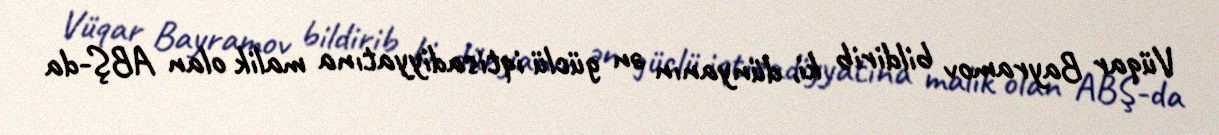
Vüqar Bayramov bildirib ki, dünyanın ən güclü iqtisadiyyatına malik olan ABŞ-da